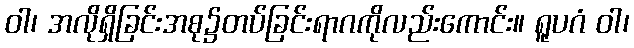
ဝါ၊ အလိုရှိခြင်းအစု၌တပ်ခြင်းရာဂကိုလည်းကောင်း။ ရူပဂံ ဝါ၊